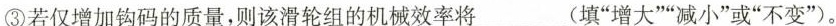
③若仅增加钩码的质量，则该滑轮组的机械效率将___(填”增大””减小”或”不变”)。